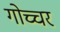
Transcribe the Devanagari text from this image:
गोच्चर